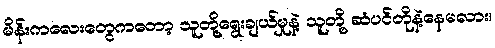
မိန်းကလေးတွေကတော့ သူတို့ရွေးချယ်မှုနဲ့ သူတို့ ဆံပင်တိုနဲ့နေမလား၊